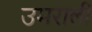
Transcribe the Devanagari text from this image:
उमराली